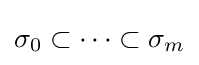
\sigma _{0}\subset \cdots \subset \sigma _{m}